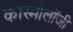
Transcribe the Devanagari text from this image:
कास्मोलॉजी